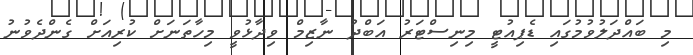
މި ބައްދަލުވުމުގައި ޑެޕިއުޓީ މިނިސްޓަރު އަބްދު ނާޒިމް ވިދާޅުވީ މިހާތަނަށް ކުރިއަށް ގެންދެވުނު